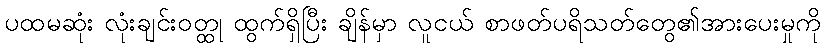
ပထမဆုံး လုံးချင်းဝတ္ထု ထွက်ရှိပြီး ချိန်မှာ လူငယ် စာဖတ်ပရိသတ်တွေ၏အားပေးမှုကို